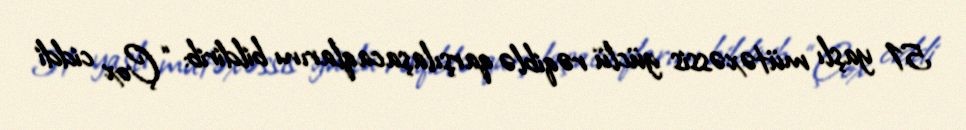
51 yaşlı mütəxəssis güclü rəqiblə qarşılaşacaqlarını bildirib: “Çox ciddi